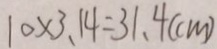
1 0 \times 3 . 1 4 = 3 1 . 4 ( c m )